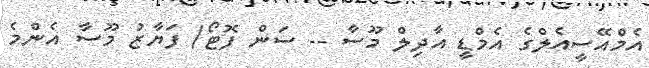
އެމްއޭސީއެލްގެ އެމްޑީ އާދިލް މޫސާ -- ސަން ފޮޓޯ/ ފަޔާޒު މޫސާ އެންމެ